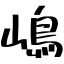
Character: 嶋